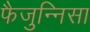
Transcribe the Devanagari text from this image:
फैजुन्निसा